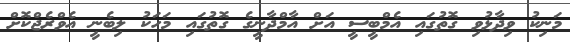
މަނިކު ވިދާޅުވި ގޮތުގައި އެމްބީސީ އަށް އާމްދާނީގެ ގޮތުގައި މަހަކު ލިބެނީ އެވްރެޖްކޮށް